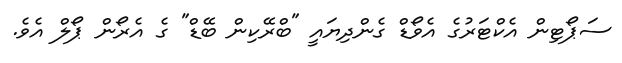
ސަޕޯޓިން އެކްޓަރުގެ އެވޯޑް ގެންދިޔައީ "ބްރޭކިން ބޭޑް" ގެ އެރޯން ޕޯލް އެވެ.